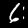
Digit: 6